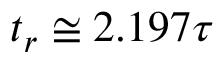
t _ { r } \cong 2 . 1 9 7 \tau